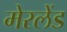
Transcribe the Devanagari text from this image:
मेरलेंड